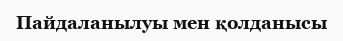
Пайдаланылуы мен қолданысы